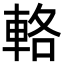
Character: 輅